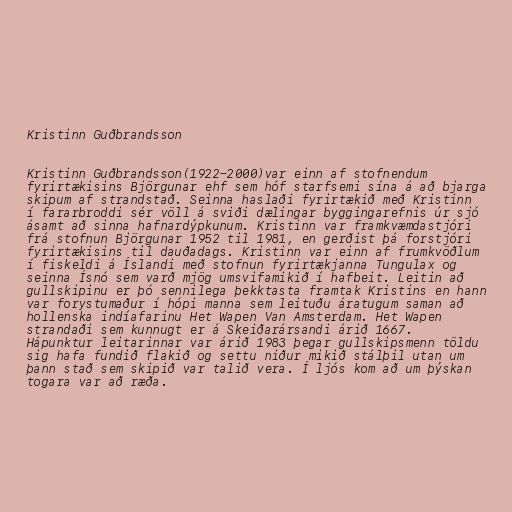
Kristinn Guðbrandsson

Kristinn Guðbrandsson(1922-2000)var einn af stofnendum
fyrirtækisins Björgunar ehf sem hóf starfsemi sína á að bjarga
skipum af strandstað. Seinna haslaði fyrirtækið með Kristinn
í fararbroddi sér völl á sviði dælingar byggingarefnis úr sjó
ásamt að sinna hafnardýpkunum. Kristinn var framkvæmdastjóri
frá stofnun Björgunar 1952 til 1981, en gerðist þá forstjóri
fyrirtækisins til dauðadags. Kristinn var einn af frumkvöðlum
í fiskeldi á Íslandi með stofnun fyrirtækjanna Tungulax og
seinna Ísnó sem varð mjög umsvifamikið í hafbeit. Leitin að
gullskipinu er þó sennilega þekktasta framtak Kristins en hann
var forystumaður í hópi manna sem leituðu áratugum saman að
hollenska indíafarinu Het Wapen Van Amsterdam. Het Wapen
strandaði sem kunnugt er á Skeiðarársandi árið 1667.
Hápunktur leitarinnar var árið 1983 þegar gullskipsmenn töldu
sig hafa fundið flakið og settu niður mikið stálþil utan um
þann stað sem skipið var talið vera. Í ljós kom að um þýskan
togara var að ræða.